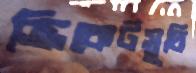
ক্রিকেটসূচি